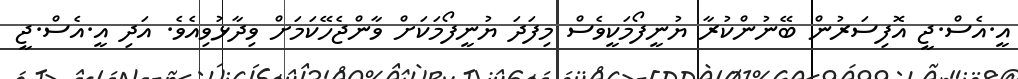
އީ.އެސް.ޖީ އޮފިސަރުން ބޭނުންކުރާ ޔުނީފޯމަކީވެސް މިފަދަ ޔުނީފޯމަކަށް ވާންޖެހޭކަމަށް ވިދާޅުވިއެވެ. އަދި އީ.އެސް.ޖީ